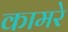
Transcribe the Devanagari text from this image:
कामरे